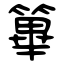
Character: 篳